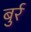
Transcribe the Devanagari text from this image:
बुर्र